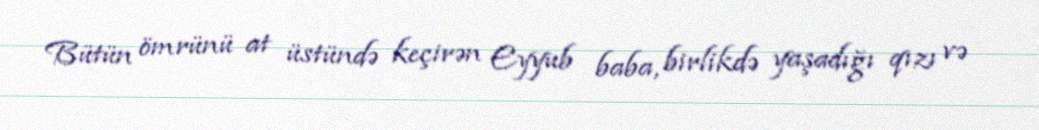
Bütün ömrünü at üstündə keçirən Eyyub baba, birlikdə yaşadığı qızı və